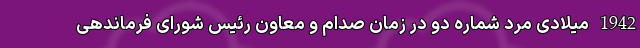
1942 میلادی مرد شماره دو در زمان صدام و معاون رئیس شورای فرماندهی